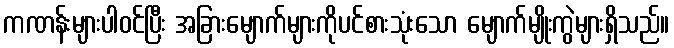
ကဏန်းများပါဝင်ပြီး အခြားမျောက်များကိုပင်စားသုံးသော မျောက်မျိုးကွဲများရှိသည်။